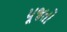
પૂજતો